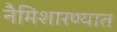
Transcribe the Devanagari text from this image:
नैमिशारण्यात